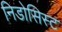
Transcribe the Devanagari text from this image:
निडोसिस्ट